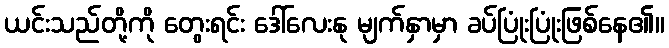
ယင်းသည်တို့ကို တွေးရင်း ဒေါ်လေးနု မျက်နှာမှာ ခပ်ပြုံးပြုံးဖြစ်နေ၏။